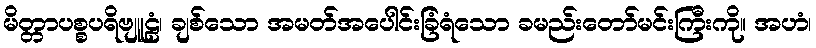
မိတ္တာပစ္စပရိဗျူဠံ၊ ချစ်သော အမတ်အပေါင်းခြံရံသော ခမည်းတော်မင်းကြီးကို။ အဟံ၊